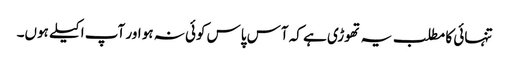
تنہائی کا مطلب یہ تھوڑی ہے کہ آس پاس کوئی نہ ہو اور آپ اکیلے ہوں۔